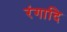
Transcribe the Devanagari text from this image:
रंगादि